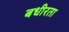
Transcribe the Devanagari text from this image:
बधीरता